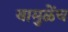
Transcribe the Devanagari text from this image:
यामुळेंच